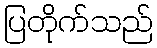
ပြတိုက်သည်